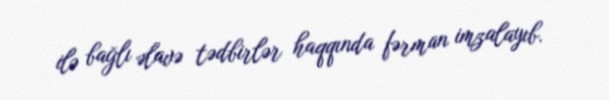
ilə bağlı əlavə tədbirlər haqqında fərman imzalayıb.